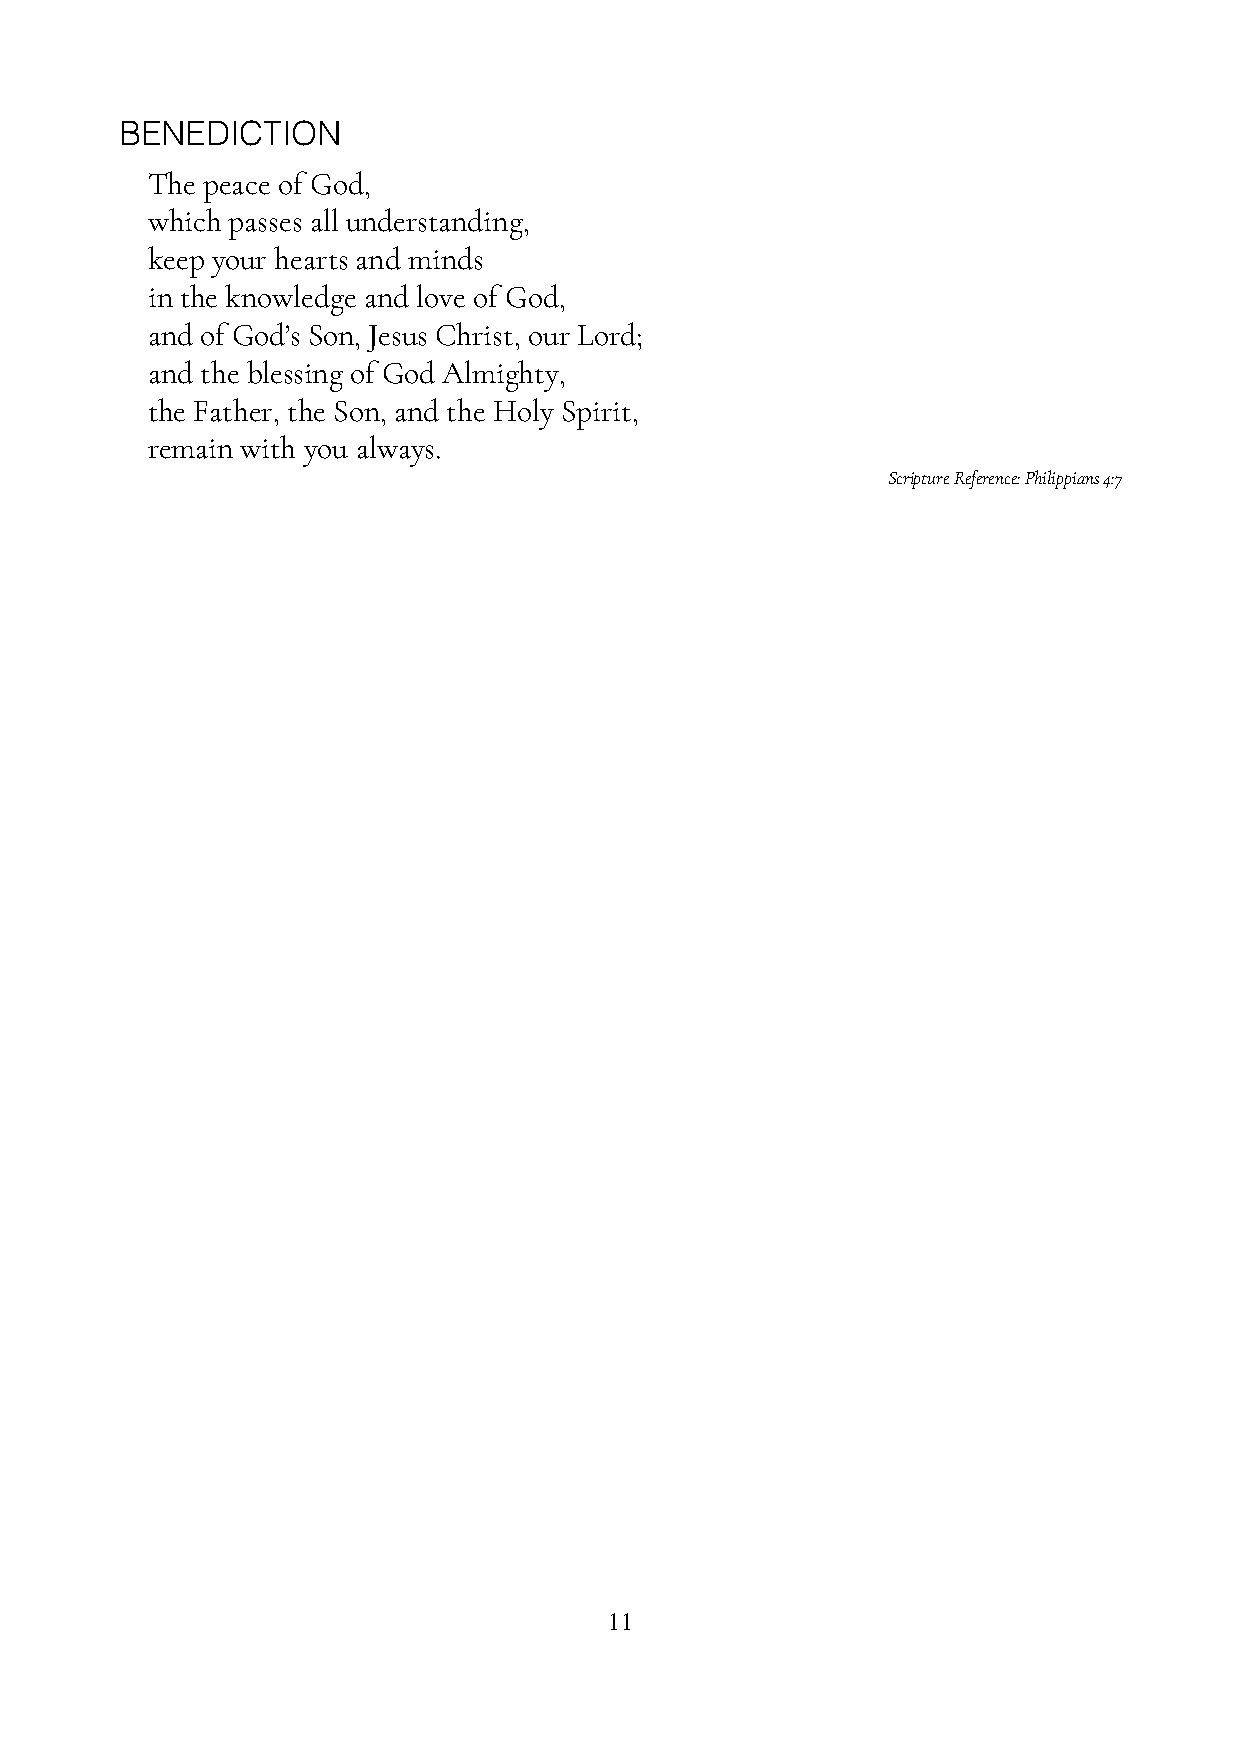
BENEDICTION
 The peace of God,
 which passes all understanding,
 keep your hearts and minds
 in the knowledge and love of God,
 and of God’s Son, Jesus Christ, our Lord;
 and the blessing of God Almighty,
 the Father, the Son, and the Holy Spirit,
 remain with you always.
 Scripture Reference: Philippians 4:7
 11